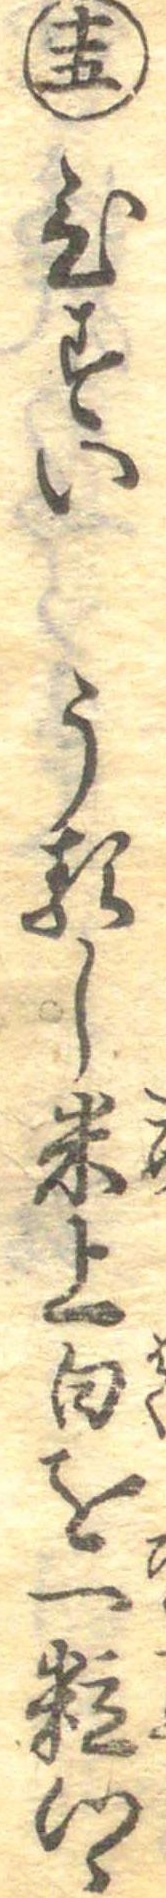
十五ひすいうるし米上白を一粒つゝ